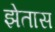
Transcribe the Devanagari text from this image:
झेतास